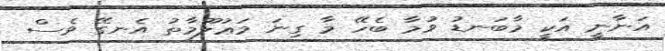
އަނާނީ އަކީ މާބަނޑު ވުމާ ބެހޭ މާ ގިނަ މަޢުލޫމާތު އެނގޭ ވެސް